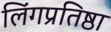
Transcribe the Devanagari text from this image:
लिंगप्रतिष्ठा